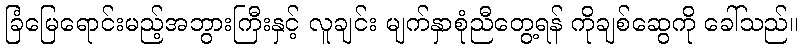
ခြံမြေရောင်းမည့်အဘွားကြီးနှင့် လူချင်း မျက်နှာစုံညီတွေ့ရန် ကိုချစ်ဆွေကို ခေါ်သည်။